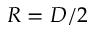
R = D / 2